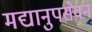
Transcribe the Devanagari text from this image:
मद्यानुपसेवन